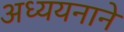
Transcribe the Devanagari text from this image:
अध्ययनाने